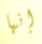
إنها